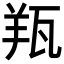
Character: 𦍭